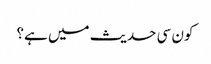
کون سی حدیث میں ہے؟